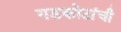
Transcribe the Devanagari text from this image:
गडकोटांची